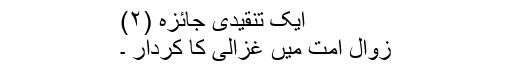
ایک تنقیدی جائزہ (۲)
زوالِ امت میں غزالی کا کردار ۔